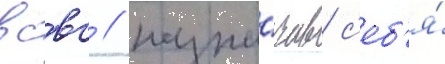
всвс / назна́чив с'еб'я́